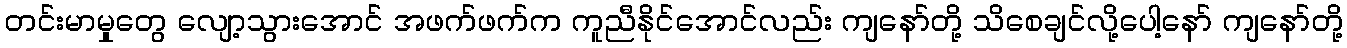
တင်းမာမှုတွေ လျော့သွားအောင် အဖက်ဖက်က ကူညီနိုင်အောင်လည်း ကျနော်တို့ သိစေချင်လို့ပေါ့နော် ကျနော်တို့